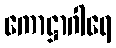
ကောဋ္ဌာဂါရေ